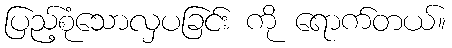
ပြည့်စုံသောလှပခြင်း ကို ရောက်တယ်။